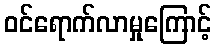
ဝင်ရောက်လာမှုကြောင့်